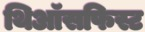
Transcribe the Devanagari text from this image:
थिऑसफिस्ट